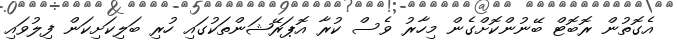
އެގޮތުން ރޮބޮޓް ބޭނުންކޮށްގެން މިހާރު ވެސް ކުރާ އޮޕަރޭޝަންތަކުގައި ހުރި ބަލިކަށިކަން ފިލުވައި